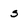
Character: s